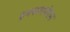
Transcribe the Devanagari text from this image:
इनफारमेशन